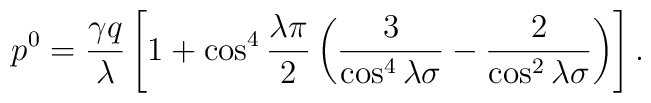
p^0 = \frac{\gamma q}{\lambda}\left[1+\cos^4\frac{\lambda\pi}{2}\left(\frac{3}{\cos^4\lambda\sigma}-\frac{2}{\cos^2\lambda\sigma}\right)\right].